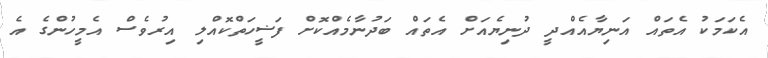
އެކަމަކު އެތައް އަނިޔާއެއްދީ ދުނިޔެއަށް އެތައް ބަދުނާމެއްކޮށް ފަޟީހަތްކޮއްލި އިރުވެސް އެމީހުންގެ އެ